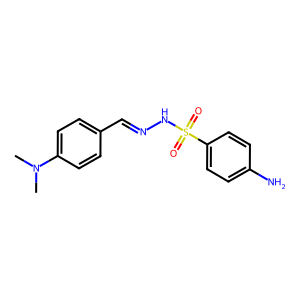
SMILES: CN(C)c1ccc(C=NNS(=O)(=O)c2ccc(N)cc2)cc1
Inhibits HIV replication: No